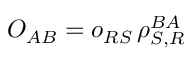
O _ { A B } = o _ { R S } \, \rho _ { S , R } ^ { B A }